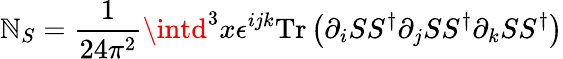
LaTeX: \mathbb{N}_{S}={\frac{{1}}{{24\pi^{2}}}}\intd^{3}x\epsilon^{ijk}\mathrm{{Tr}}\left(\partial_{i}SS^{\dagger}\partial_{j}SS^{\dagger}\partial_{k}SS^{\dagger}\right)